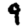
Digit: 9